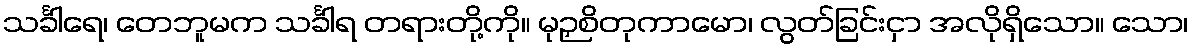
သင်္ခါရေ၊ တေဘူမက သင်္ခါရ တရားတို့ကို။ မုဉှစိတုကာမော၊ လွတ်ခြင်းငှာ အလိုရှိသော။ သော၊